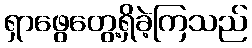
ရှာဖွေတွေ့ရှိခဲ့ကြသည်